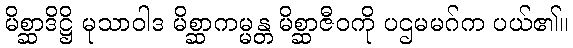
မိစ္ဆာဒိဋ္ဌိ မုသာဝါဒ မိစ္ဆာကမ္မန္တ မိစ္ဆာဇီဝကို ပဌမမဂ်က ပယ်၏။